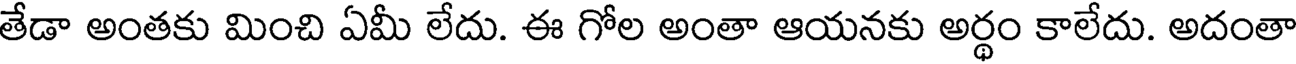
తేడా అంతకు మించి ఏమీ లేదు. ఈ గోల అంతా ఆయనకు అర్థం కాలేదు. అదంతా